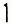
1